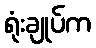
ရုံးချုပ်က